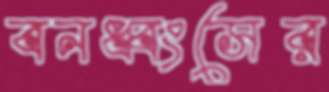
বনধ্বংসের